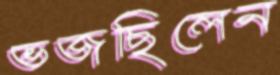
ভজছিলেন